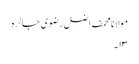
مولانا محمف اضل رضوی جالرہ
۱۳۔